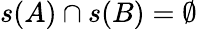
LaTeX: s(A)\cap s(B)=\emptyset